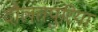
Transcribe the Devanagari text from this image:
दौलतपुरिया